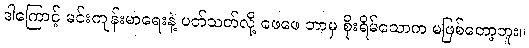
ဒါကြောင့် မင်းကျန်းမာရေးနဲ့ ပတ်သတ်လို့ ဖေဖေ ဘာမှ စိုးရိမ်သောက မဖြစ်တော့ဘူး။